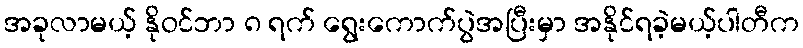
အခုလာမယ့် နိုဝင်ဘာ ၈ ရက် ရွေးကောက်ပွဲအပြီးမှာ အနိုင်ရခဲ့မယ့်ပါတီက